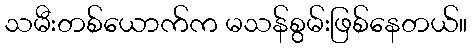
သမီးတစ်ယောက်က မသန်စွမ်းဖြစ်နေတယ်။